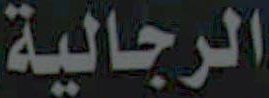
الرجالية